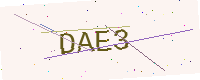
Text: DAE3